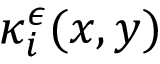
\kappa _ { i } ^ { \epsilon } ( x , y )